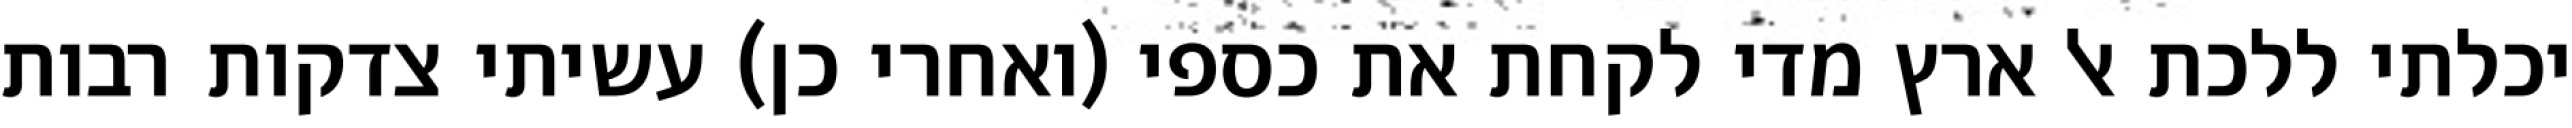
יכלתי ללכת אל ארץ מדי לקחת את כספי (ואחרי כן) עשיתי צדקות רבות